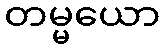
တမ္မယော